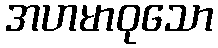
အဟမာဝုသော